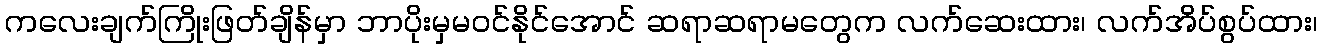
ကလေးချက်ကြိုးဖြတ်ချိန်မှာ ဘာပိုးမှမဝင်နိုင်အောင် ဆရာဆရာမတွေက လက်ဆေးထား၊ လက်အိပ်စွပ်ထား၊